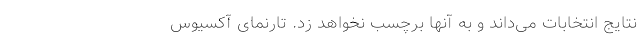
نتایج انتخابات می‌داند و به آنها برچسب نخواهد زد. تارنمای آکسیوس